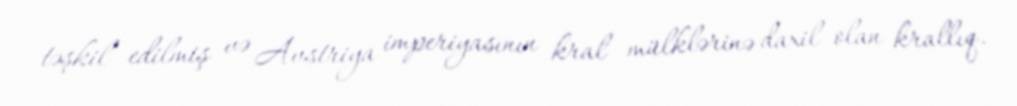
təşkil edilmiş və Avstriya imperiyasının kral mülklərinə daxil olan krallıq.